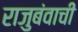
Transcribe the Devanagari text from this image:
राजुबंवाची